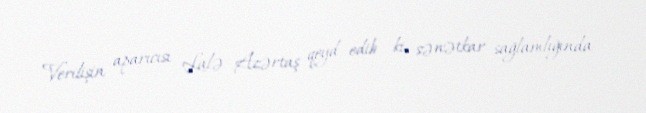
Verilişin aparıcısı Lalə Azərtaş qeyd edib ki, sənətkar sağlamlığında